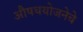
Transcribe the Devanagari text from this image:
औषधयोजनेचे